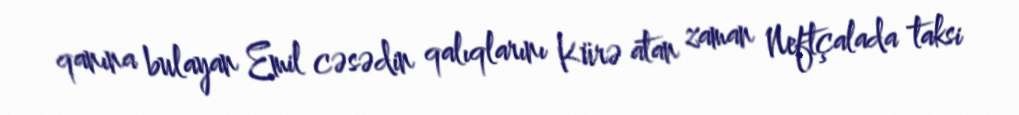
qanına bulayan Emil cəsədin qalıqlarını Kürə atan zaman Neftçalada taksi